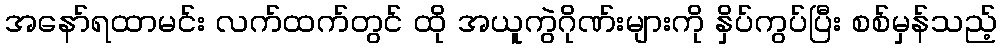
အနော်ရထာမင်း လက်ထက်တွင် ထို အယူကွဲဂိုဏ်းများကို နှိပ်ကွပ်ပြီး စစ်မှန်သည့်